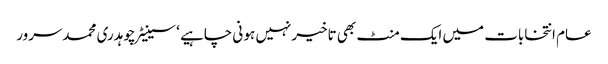
عام انتخابات میں ایک منٹ بھی تاخیرنہیں ہو نی چاہیے ‘ سینیٹرچوہدری محمدسرور